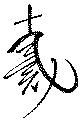
戴